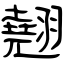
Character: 翹